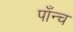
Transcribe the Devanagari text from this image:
पाँन्च